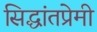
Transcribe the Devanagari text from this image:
सिद्धांतप्रेमी